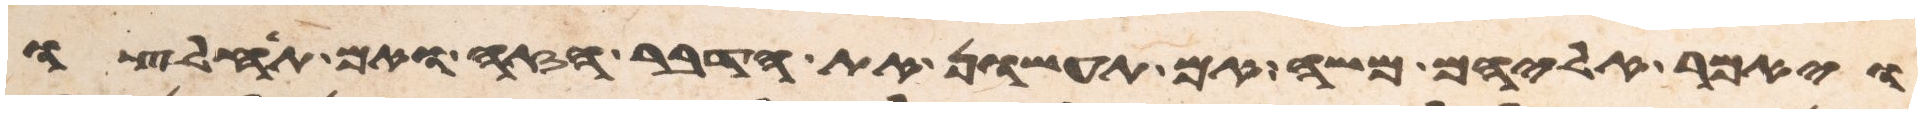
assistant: ויאמר אליהם משה אם תעשון את הדבר הזה ואם תחלצו